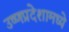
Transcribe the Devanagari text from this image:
उष्णप्रदेशामध्ये